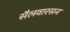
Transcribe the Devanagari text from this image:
सैलवारसन